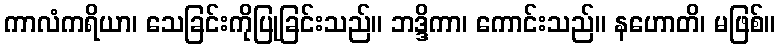
ကာလံကရိယာ၊ သေခြင်းကိုပြုခြင်းသည်။ ဘဒ္ဒိကာ၊ ကောင်းသည်။ နဟောတိ၊ မဖြစ်။